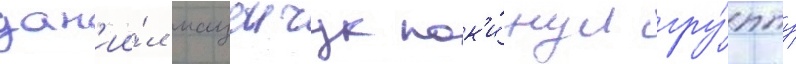
дан'ии́л мацеичук пок'и́нул гру́ппу